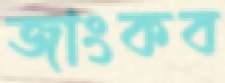
জাংকব